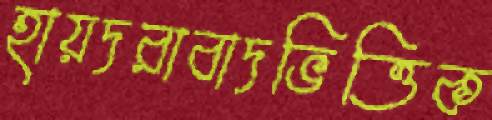
হায়দরাবাদভিত্তিক